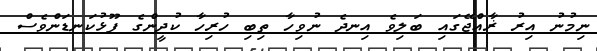
ނިމުނު އިރު ޜާއްޖޭގައި ބަލިވެ އިނދެ ނުވިހާ ތިބި ހުރިހާ ކުދީންގެ ފޫޅުކަނޑަންވެސް